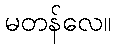
မတန်လေ။